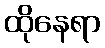
ထိုနေရာ